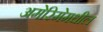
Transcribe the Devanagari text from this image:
अमेरिमेमधील